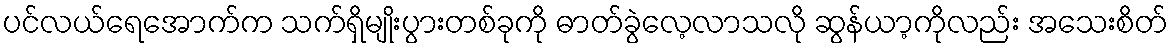
ပင်လယ်ရေအောက်က သက်ရှိမျိုးပွားတစ်ခုကို ဓာတ်ခွဲလေ့လာသလို ဆွန်ယာ့ကိုလည်း အသေးစိတ်